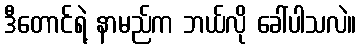
ဒီတောင်ရဲ့ နာမည်က ဘယ်လို ခေါ်ပါသလဲ။